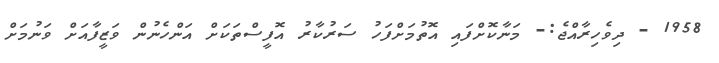
1958 - ދިވެހިރާއްޖެ:- މަނާކޮށްފައި އޮތުމަށްފަހު ސަރުކާރު އޮފީސްތަކަށް އަންހެނުން ވަޒީފާއަށް ވަނުމަށް